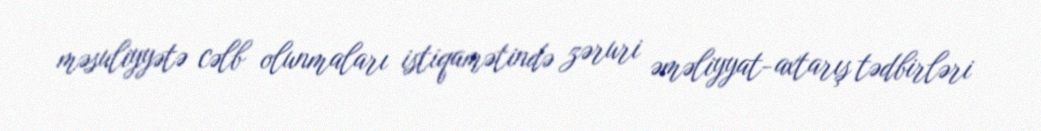
məsuliyyətə cəlb olunmaları istiqamətində zəruri əməliyyat-axtarış tədbirləri